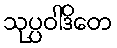
သုပ္ပဝါဒိတေ